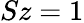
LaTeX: Sz=1